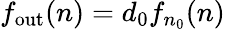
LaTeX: f_{\mathrm{out}}(n)=d_{0}f_{n_{0}}(n)